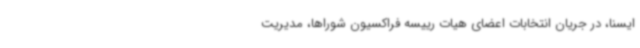
ایسنا، در جریان انتخابات اعضای هیات رییسه فراکسیون شوراها، مدیریت